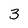
Character: 3